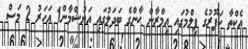
އެކްތާ ކަޕޫރުގެ ފިލްމުގައި އިމްރާން ޙާންގެ ބަދަލުގައި އަޔުޝްމާން1 އަހަރު 2 މަސް